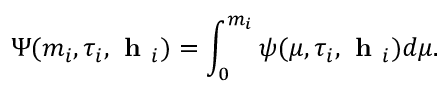
\Psi ( m _ { i } , \tau _ { i } , \textbf { h } _ { i } ) = \int _ { 0 } ^ { m _ { i } } \psi ( \mu , \tau _ { i } , \textbf { h } _ { i } ) d \mu .